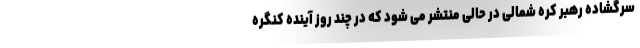
سرگشاده رهبر کره شمالی در حالی منتشر می شود که در چند روز آینده کنگره